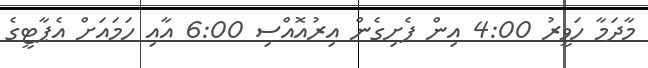
މާދަމާ ހަވީރު 4:00 އިން ފެށިގެން އިރުއޮއްސި 6:00 އާއި ހަމައަށް އެޕާޓީގެ